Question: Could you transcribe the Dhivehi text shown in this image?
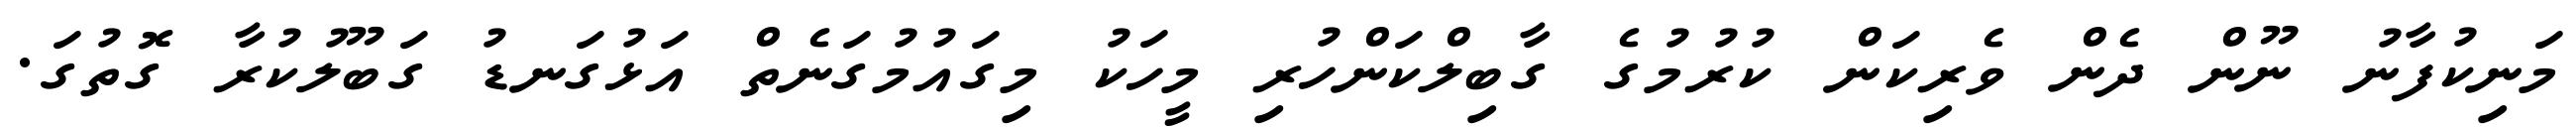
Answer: މަނިކުފާނު ނޫން ދެން ވެރިކަން ކުރުމުގެ ގާބިލްކަންހުރި މީހަކު މިގައުމުގަނެތް އަޅުގަނޑު ގަބޫލުކުރާ ގޮތުގަ.